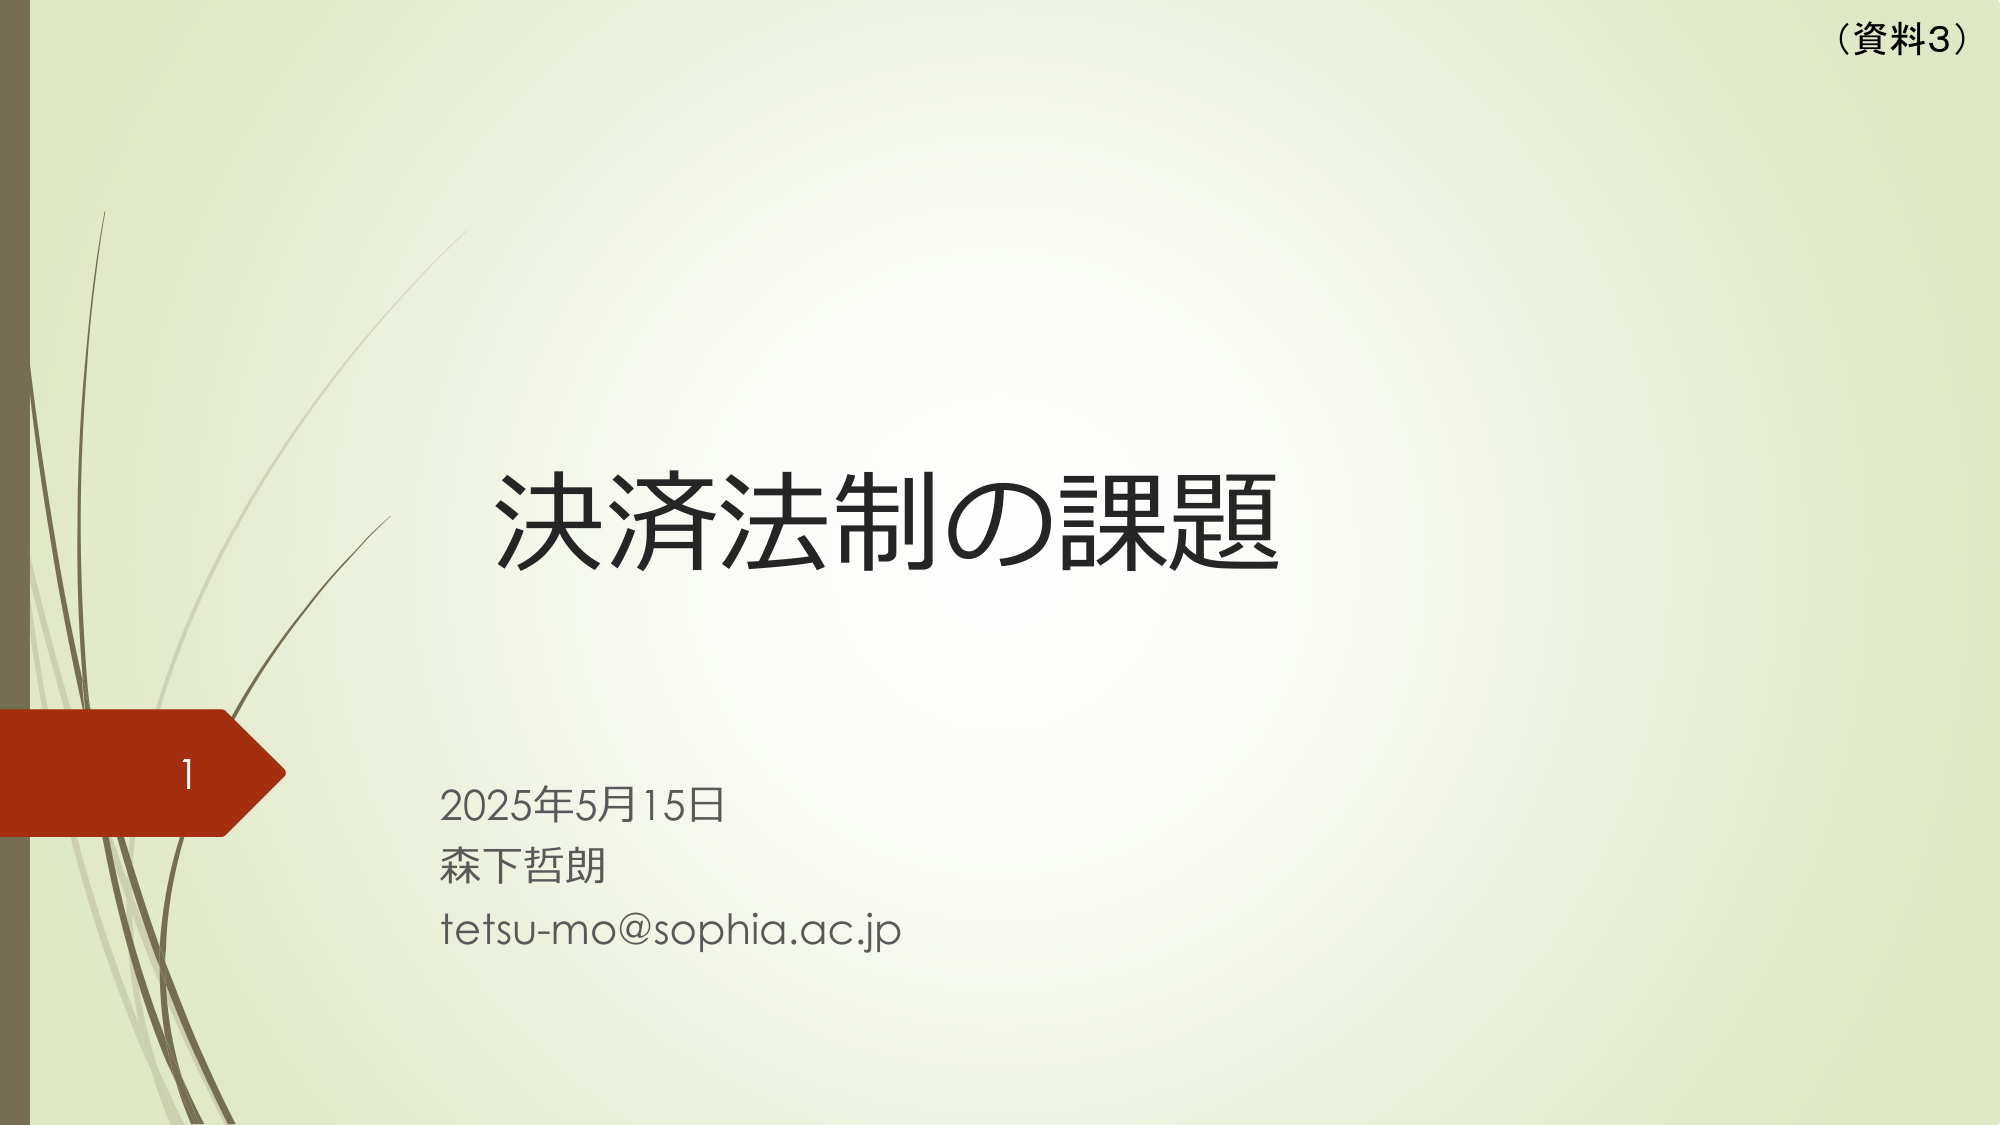
（資料3）
決済法制の課題
2025年5月15日
森下哲朗
tetsu-mo@sophia.ac.jp
1